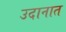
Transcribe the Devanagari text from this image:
उदानात